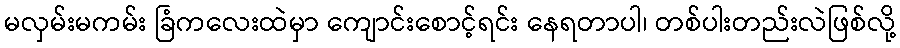
မလှမ်းမကမ်း ခြံကလေးထဲမှာ ကျောင်းစောင့်ရင်း နေရတာပါ၊ တစ်ပါးတည်းလဲဖြစ်လို့